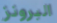
البرونز